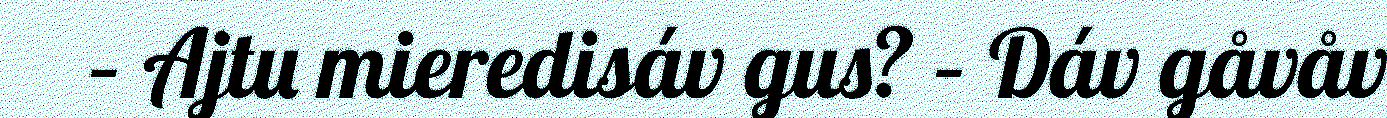
– Ajtu mieredisáv gus? – Dáv gåvåv